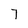
Character: 7